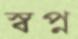
স্বপ্ন